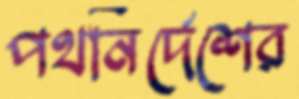
পথনির্দেশের